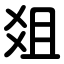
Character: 爼